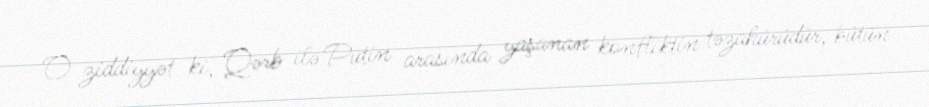
O ziddiyyət ki, Qərb ilə Putin arasında yaşanan konfliktin təzahürüdür, bütün